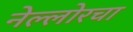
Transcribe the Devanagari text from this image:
नेल्लोरचा